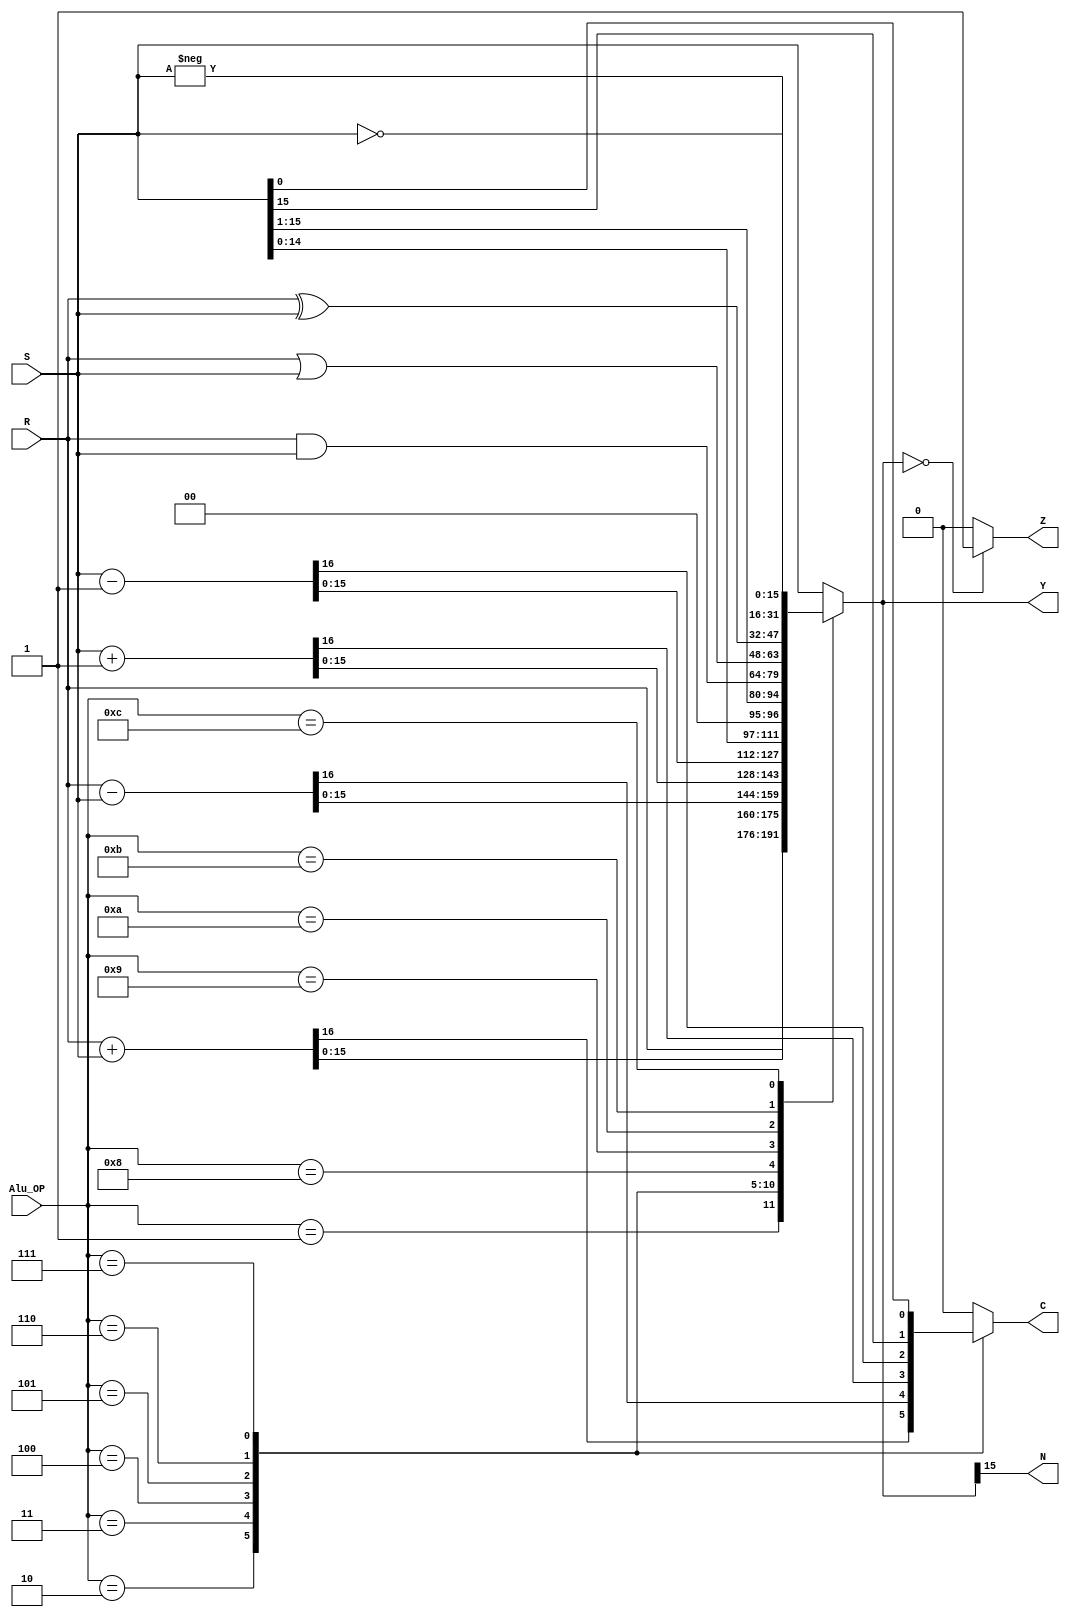
`timescale 1ns / 1ps
/***********************************************************************************
 *
 * Partner:  Victor Espinoza
 * Version:  1.0
 *
 * Notes:    This 16 bit ALU performs various manipulations on 16-bit integers. 
 *           There are 4 "Op" inputs to perform up to 16 basic operations.
 *           Currently, there are only 13 of the 16 operations used. The alu
 *           status flags represent the Y output being negative (N), zero (Z),
 *           and a carry out (C).
 * 
 **********************************************************************************/
module alu(R, S, Alu_OP, Y, N, Z, C);

   input  [15:0] R, S;
   input   [3:0] Alu_OP;
   output [15:0] Y;        reg [15:0] Y;
   output        N, Z, C;  reg        N, Z, C;
   
   always @( R or S or Alu_OP) begin
      case (Alu_OP)
         4'b0000:   {C,Y} = {1'b0,S};        //pass S
         4'b0001:   {C,Y} = {1'b0,R};        //pass R
         4'b0010:   {C,Y} = R + S;           //add
         4'b0011:   {C,Y} = R - S;           //subtract
         4'b0100:   {C,Y} = S + 1;           //increment S
         4'b0101:   {C,Y} = S - 1;           //decrement S
         4'b0110:   begin                    //left shift S (logic)
                       C = S[15];
                       Y = S <<1;
                    end
         4'b0111:   begin                    //right shift S (logic)
                       C = S[0];
                       Y = S >> 1;
                    end
         4'b1000:   {C,Y} = {1'b0,R & S};    //logic and
         4'b1001:   {C,Y} = {1'b0,R | S};    //logic or
         4'b1010:   {C,Y} = {1'b0,R ^ S};    //logic xor
         4'b1011:   {C,Y} = {1'b0,~S};       //logic not S (1's comp)
         4'b1100:   {C,Y} = {1'b0,-S};       //negate S    (2's comp)
         default:   {C,Y} = {1'b0,S};        //pass S for default
      endcase
      
      // handle last two status flags
      N = Y[15];
      if (Y == 16'b0)
         Z = 1'b1;
      else
         Z = 1'b0;
   end   // end always

endmodule